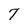
Character: 7